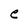
Character: e